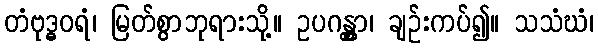
တံဗုဒ္ဓဝရံ၊ မြတ်စွာဘုရားသို့။ ဥပဂန္တွာ၊ ချဉ်းကပ်၍။ သသံဃံ၊